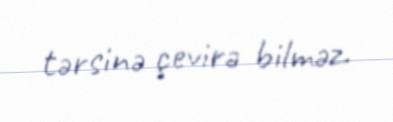
tərsinə çevirə bilməz.